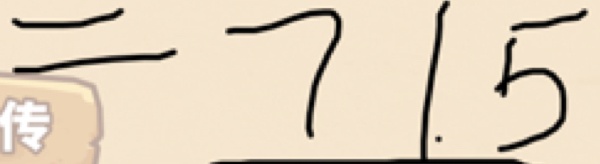
= 7 1 . 5